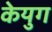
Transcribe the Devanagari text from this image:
केयुग